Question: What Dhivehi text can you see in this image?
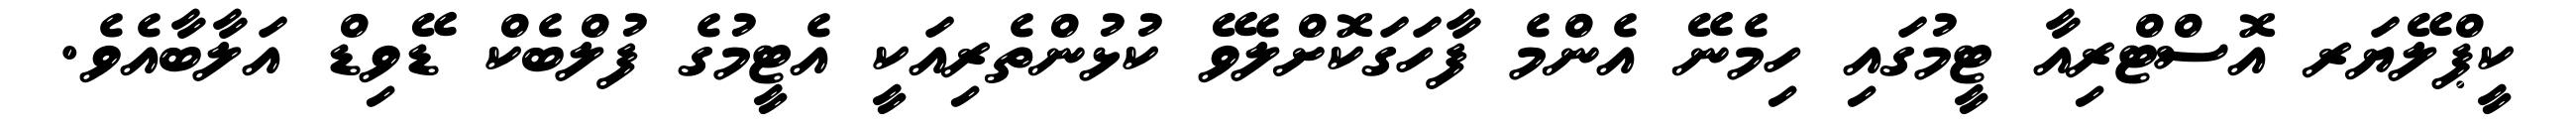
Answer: ކީޕްލޭޔަރ އޮސްޓްރިއާ ޓީމުގައި ހިމެނޭ އެންމެ ފާހަގަކޮށްލެވޭ ކުޅުންތެރިއަކީ އެޓީމުގެ ފުލްބެކް ޑޭވިޑް އަލާބާއެވެ.